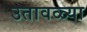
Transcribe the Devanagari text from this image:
उतावळ्या